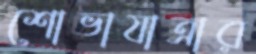
শোভাযাত্রার